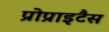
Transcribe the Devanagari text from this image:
प्रोप्राइटैस